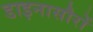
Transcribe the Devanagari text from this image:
डाइनासौरों